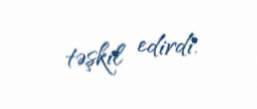
təşkil edirdi.